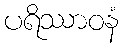
ပရိဿာဝနံ